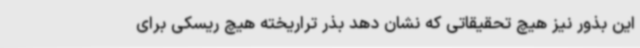
این بذور نیز هیچ تحقیقاتی که نشان دهد بذر تراریخته هیچ ریسکی برای